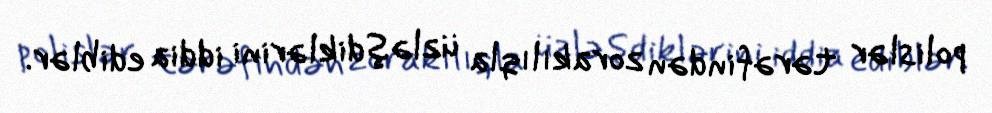
polislər tərəfindən zorakılıqla üzləşdiklərini iddia ediblər.